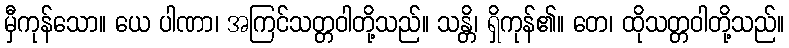
မှီကုန်သော။ ယေ ပါဏာ၊ အကြင်သတ္တဝါတို့သည်။ သန္တိ၊ ရှိကုန်၏။ တေ၊ ထိုသတ္တဝါတို့သည်။